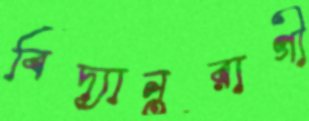
বিদ্যানুরাগী